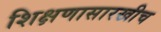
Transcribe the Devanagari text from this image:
शिक्षणासारखीच